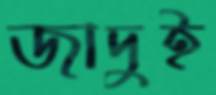
জাদুই